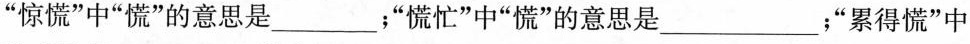
”惊慌”中”慌”的意思是___；”慌忙”中”慌”的意思是___；”累得慌”中